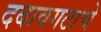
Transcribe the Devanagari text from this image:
दबावगटाचे